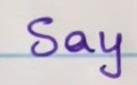
Say